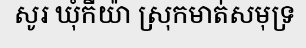
សូរ ឃុំកីយ៉ា ស្រុកមាត់សមុទ្រ